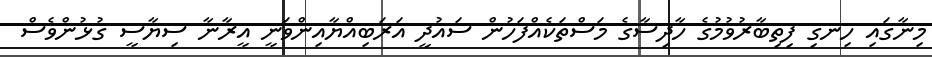
މިނާގައި ހިނގި ފިތިބާރުވުމުގެ ހާދިސާގެ މަސްތަކެއްފަހުން ސައުދީ އަރަބިއްޔާއިންވަނީ އީރާނާ ސިޔާސީ ގުޅުންވެސް